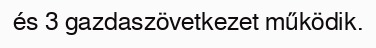
és 3 gazdaszövetkezet működik.